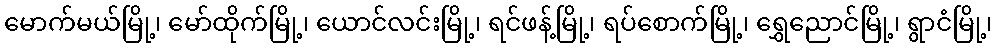
မောက်မယ်မြို့၊ မော်ထိုက်မြို့၊ ယောင်လင်းမြို့၊ ရင်ဖန့်မြို့၊ ရပ်စောက်မြို့၊ ရွှေညောင်မြို့၊ ရွာငံမြို့၊